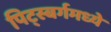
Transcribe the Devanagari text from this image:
पिट्स्बर्गमध्ये